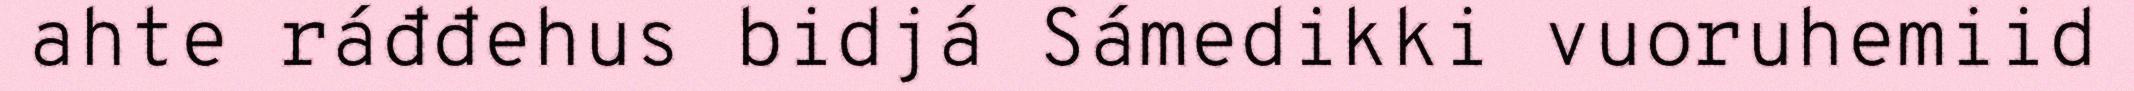
ahte ráđđehus bidjá Sámedikki vuoruhemiid